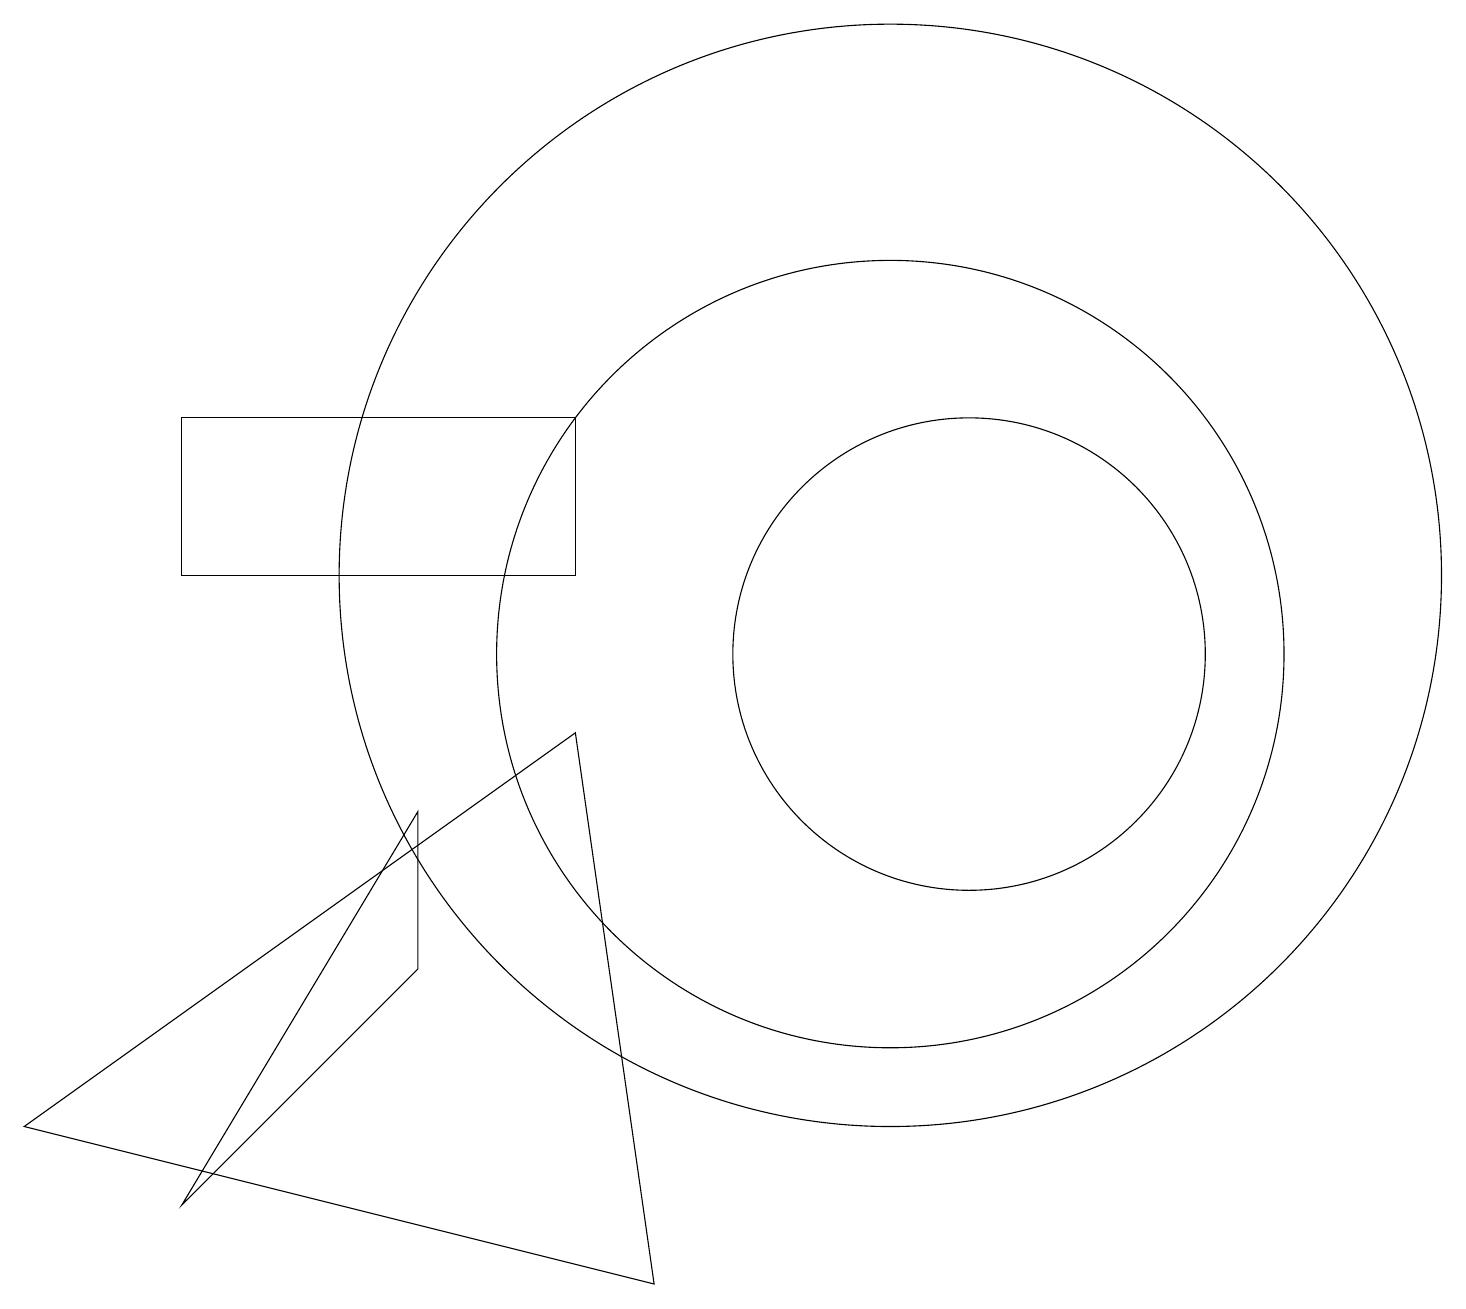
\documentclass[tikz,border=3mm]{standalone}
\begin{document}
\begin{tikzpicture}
\draw (11,11) circle (7);
\draw (5,8) -- (2,3) -- (5,6) -- cycle;
\draw (12,10) circle (3);
\draw (11,10) circle (5);
\draw (2,11) rectangle (7,13);
\draw (7,9) -- (0,4) -- (8,2) -- cycle;
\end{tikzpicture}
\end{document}